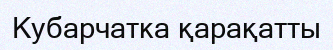
Кубарчатка қарақатты